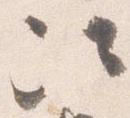
次